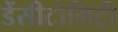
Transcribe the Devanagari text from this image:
डेंसीटोमिट्री